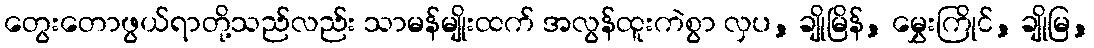
တွေးတောဖွယ်ရာတို့သည်လည်း သာမန်မျိုးထက် အလွန်ထူးကဲစွာ လှပ, ချိုမြိန်, မွှေးကြိုင်, ချိုမြ,